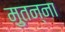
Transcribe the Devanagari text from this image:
मुतन्ना